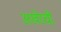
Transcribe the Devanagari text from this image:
अखेरचीं